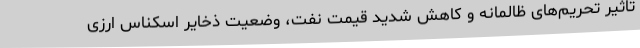
تاثیر تحریم‌های ظالمانه و کاهش شدید قیمت نفت، وضعیت ذخایر اسکناس ارزی